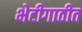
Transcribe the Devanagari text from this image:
भेटीगाठीत